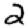
Digit: 2